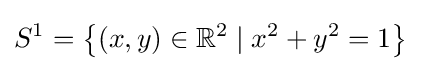
S^{1}=\left\{(x,y)\in \mathbb {R} ^{2}\mid x^{2}+y^{2}=1\right\}